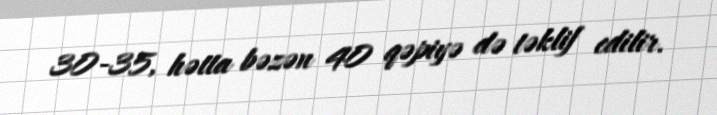
30-35, hətta bəzən 40 qəpiyə də təklif edilir.